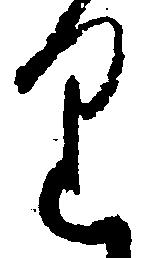
り